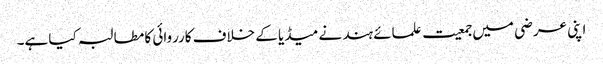
اپنی عرضی میں جمعیت علمائے ہند نے میڈیا کے خلاف کارروائی کا مطالبہ کیا ہے۔